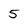
Character: 5